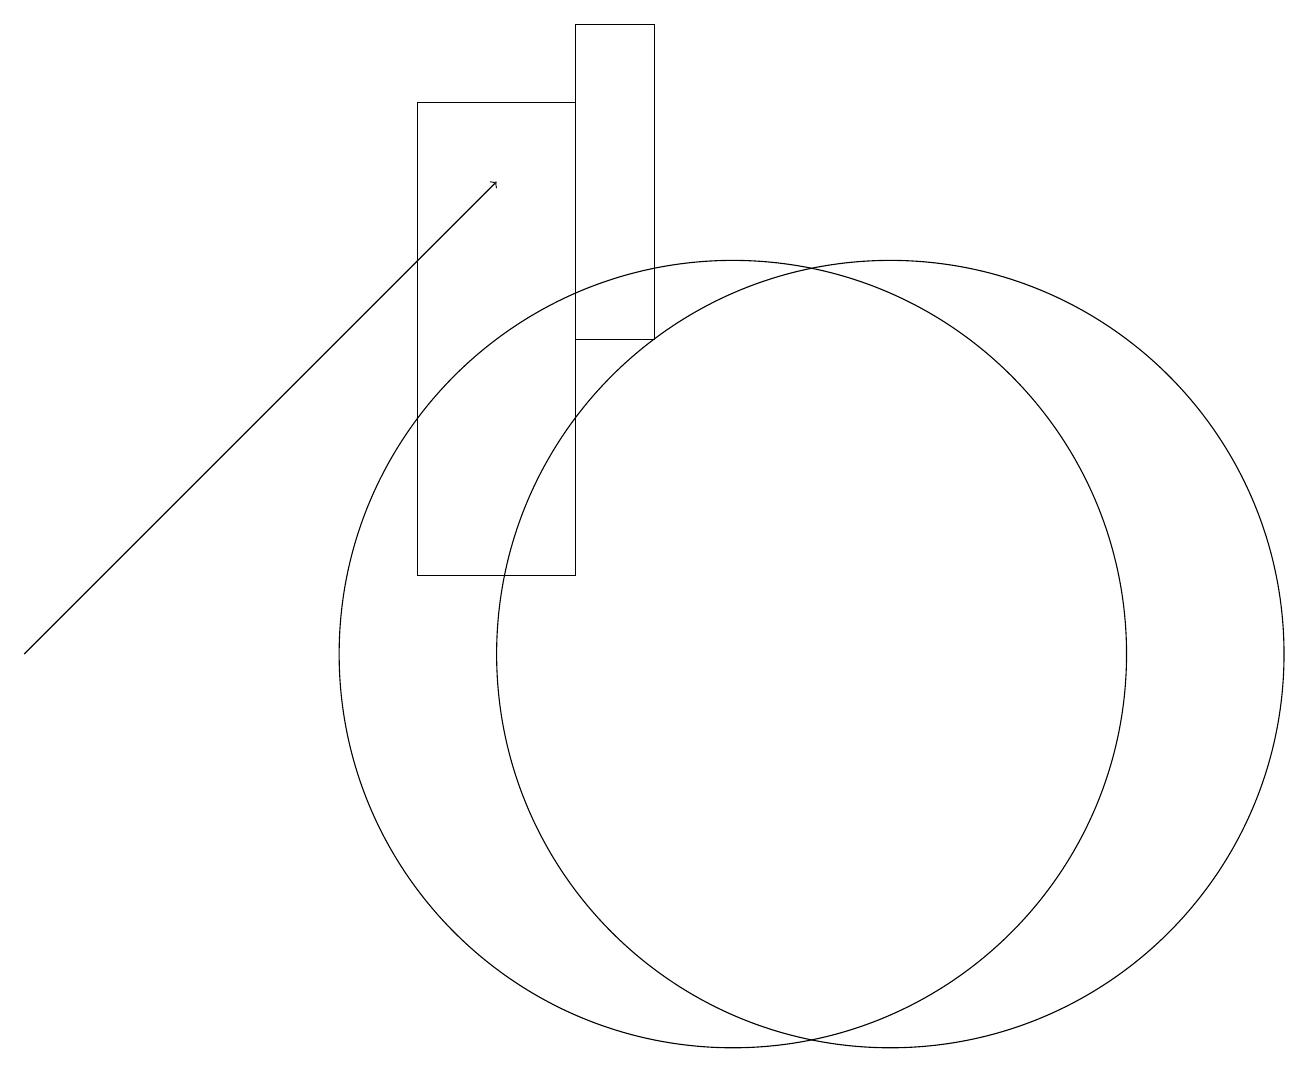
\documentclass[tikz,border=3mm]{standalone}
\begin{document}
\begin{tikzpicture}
\draw (10,11) circle (5);
\draw (12,11) circle (5);
\draw[->] (1,11) -- (7,17);
\draw (8,18) rectangle (6,12);
\draw (8,15) rectangle (9,19);
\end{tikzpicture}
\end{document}